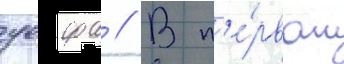
уефа // В п'е́рвом